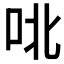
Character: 𫩡